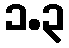
၁.၃